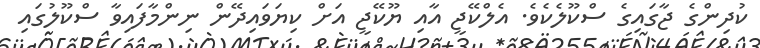
ކުދިންގެ ޖާގައިގެ ސްކޫލެކެވެ. އެލްކޭޖީ އާއި ޔޫކޭޖީ އަށް ކިޔަވައިދޭން ނިންމާފައިވާ ސްކޫލުގައި